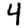
Digit: 4